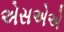
એસએએ